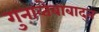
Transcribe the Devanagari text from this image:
गुनाव्तेबाबाद्त